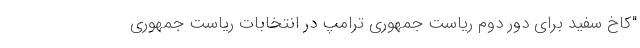
"کاخ سفید برای دور دوم ریاست جمهوری ترامپ در انتخابات ریاست جمهوری